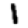
Digit: 1